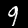
Digit: 9